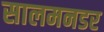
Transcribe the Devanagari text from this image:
सालमनडर